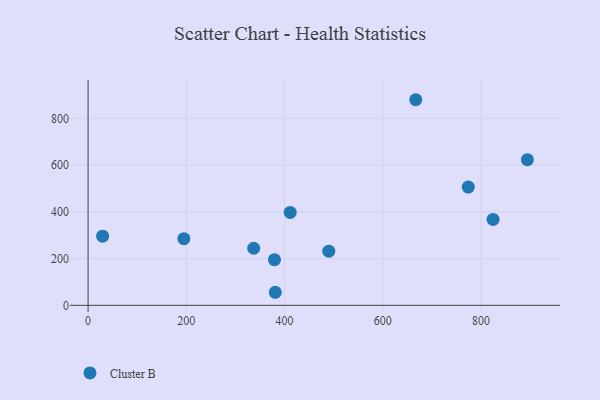
{"axis": {"x": "Distance", "y": "Demand"}, "legend": ["Cluster B"], "data": [{"x": "195.0", "y": 285.3, "type": "Cluster B"}, {"x": "411.5", "y": 397.9, "type": "Cluster B"}, {"x": "824.6", "y": 367.9, "type": "Cluster B"}, {"x": "894.4", "y": 623.6, "type": "Cluster B"}, {"x": "667.1", "y": 880.2, "type": "Cluster B"}, {"x": "379.5", "y": 195.5, "type": "Cluster B"}, {"x": "381.2", "y": 55.9, "type": "Cluster B"}, {"x": "29.6", "y": 296.1, "type": "Cluster B"}, {"x": "774.0", "y": 506.3, "type": "Cluster B"}, {"x": "337.2", "y": 244.3, "type": "Cluster B"}, {"x": "490.1", "y": 231.9, "type": "Cluster B"}]}